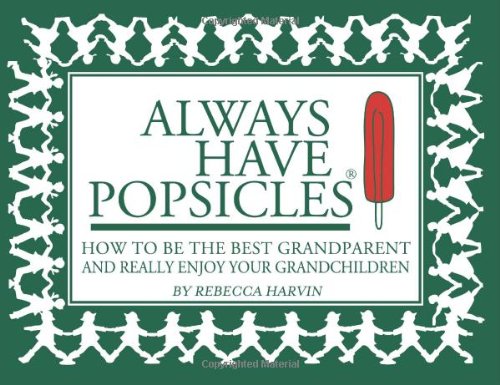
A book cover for Always Have Popsicles: The Handbook to Help You Be the Best Grandparent and Really Enjoy Your Grandchildren; Rebecca Harvin; Parenting & Relationships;